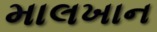
માલખાન